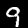
Digit: 9